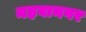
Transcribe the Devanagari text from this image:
महवानगर